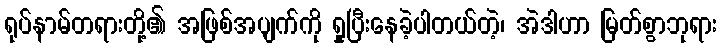
ရုပ်နာမ်တရားတို့၏ အဖြစ်အပျက်ကို ရှုပြီးနေခဲ့ပါတယ်တဲ့၊ အဲဒါဟာ မြတ်စွာဘုရား